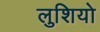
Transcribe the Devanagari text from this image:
लुशियो